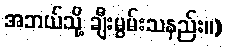
အဘယ်သို့ ချီးမွမ်းသနည်း။)